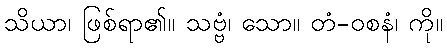
သိယာ၊ ဖြစ်ရာ၏။ သဗ္ဗံ၊ သော။ တံ-ဝစနံ၊ ကို။